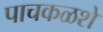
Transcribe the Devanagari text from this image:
पाचकळशे